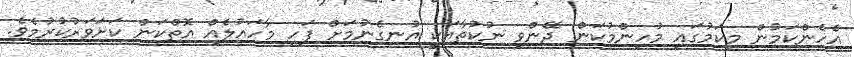
އެހެންކަމުން މިކަމުގައި މުހިންމުކަން ދޭންވި ނުކުތާއަކީ އުނގެނުމަށް ފަހި މާހައުލެއް އޮތްކަން ކަށަވަރުކުރުމެވެ.